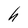
Character: h